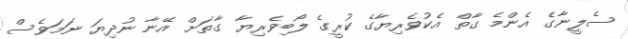
ސެލީނާގެ އެންމެ ގާތް އެކުވެރިޔާގެ ކުރީގެ ލޯބިވެރިޔާ ގާތަށް އޭނާ ނުދިޔަ ނަމަވެސް